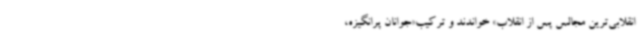
انقلابی‌ترین مجالس پس از انقلاب» خواندند و ترکیب«جوانان پرانگیزه،